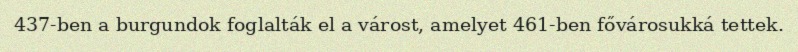
437-ben a burgundok foglalták el a várost, amelyet 461-ben fővárosukká tettek.